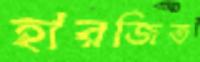
হারজিত